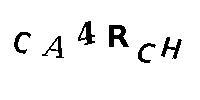
CA4RCH